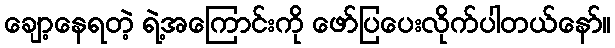
ချော့နေရတဲ့ ရဲ့အကြောင်းကို ဖော်ပြပေးလိုက်ပါတယ်နော်။